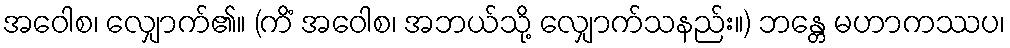
အဝေါစ၊ လျှောက်၏။ (ကိံ အဝေါစ၊ အဘယ်သို့ လျှောက်သနည်း။) ဘန္တေ မဟာကဿပ၊